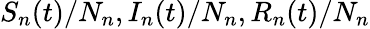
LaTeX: S_{n}(t)/N_{n},I_{n}(t)/N_{n},R_{n}(t)/N_{n}